Vaccination in Bombay 1889-1901 - 1889-1901
Year: 1889
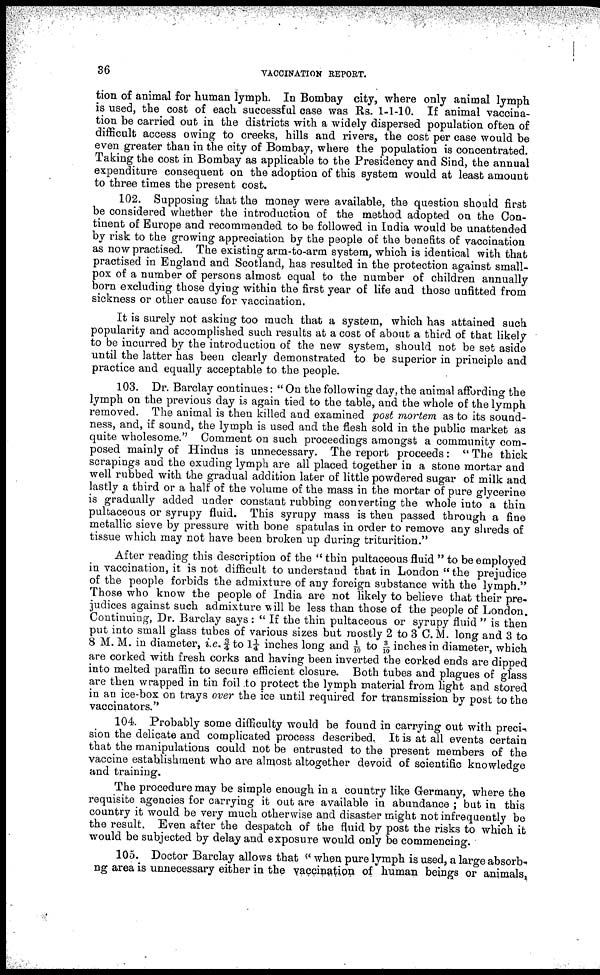
36
VACCINATION REPORT.
tion of animal for human lymph. In Bombay city, where only animal lymph
is used, the cost of each successful case was Rs. 1-1-10. If animal vaccina-
tion be carried out in the districts with a widely dispersed population often of
difficult access owing to creeks, hills and rivers, the cost per case would be
even greater than in the city of Bombay, where the population is concentrated.
Taking the cost in Bombay as applicable to the Presidency and Sind, the annual
expenditure consequent on the adoption of this system would at least amount
to three times the present cost.
102. Supposing that the money were available, the question should first
be considered whether the introduction of the method adopted on the Con-
tinent of Europe and recommended to be followed in India would be unattended
by risk to the growing appreciation by the people of the benefits of vaccination
as now practised. The existing arm-to-arm system, which is identical with that
practised in England and Scotland, has resulted in the protection against small-
pox of a number of persons almost equal to the number of children annually
born excluding those dying within the first year of life and those unfitted from
sickness or other cause for vaccination.
It is surely not asking too much that a system, which has attained such
popularity and accomplished such results at a cost of about a third of that likely
to be incurred by the introduction of the new system, should not be set aside
until the latter has been clearly demonstrated to be superior in principle and
practice and equally acceptable to the people.
103. Dr. Barclay continues: " On the following day, the animal affording the
lymph on the previous day is again tied to the table, and the whole of the lymph
removed. The animal is then killed and examined post mortem as to its sound-
ness, and, if sound, the lymph is used and the flesh sold in the public market as
quite wholesome.'' Comment on such proceedings amongst a community com-
posed mainly of Hindus is unnecessary. The report proceeds: " The thick
scrapings and the exuding lymph are all placed together in a stone mortar and
well rubbed with the gradual addition later of little powdered sugar of milk and
lastly a third or a half of the volume of the mass in the mortar of pure glycerine
is gradually added under constant rubbing converting the whole into a thin
pultaceous or syrupy fluid. This syrupy mass is then passed through a fine
metallic sieve by pressure with bone spatulas in order to remove any shreds of
tissue which may not have been broken up during triturition."
After reading this description of the " thin pultaceous fluid " to be employed
in vaccination, it is not difficult to understand that in London "the prejudice
of the people forbids the admixture of any foreign substance with the lymph."
Those who know the people of India are not likely to believe that their pre¬
judices against such admixture will be less than those of the people of London.
Continuing, Dr. Barclay says: " If the thin pultaceous or syrupy fluid " is then
put into small glass tubes of various sizes but mostly 2 to 3 C.M. long and 3 to
8 M. M. in diameter, i.e. ¾ to 1¼ inches long and 1/10 to 3/10 inches in diameter, which
are corked with fresh corks and having been inverted the corked ends are dipped
into melted paraffin to secure efficient closure. Both tubes and plagues of glass
are then wrapped in tin foil to protect the lymph material from light and stored
in an ice-box on trays over the ice until required for transmission by post to the
vaccinators."
104. Probably some difficulty would be found in carrying out with preci¬
sion the delicate and complicated process described. It is at all events certain
that the manipulations could not be entrusted to the present members of the
vaccine establishment who are almost altogether devoid of scientific knowledge
and training.
The procedure may be simple enough in a country like Germany, where the
requisite agencies for carrying it out are available in abundance ; but in this
country it would be very much otherwise and disaster might not infrequently be
the result. Even after the despatch of the fluid by post the risks to which it
would be subjected by delay and exposure would only be commencing.
105. Doctor Barclay allows that " when pure lymph is used, a large absorb-
ng area is unnecessary either in the vaccination of human beings or animals,